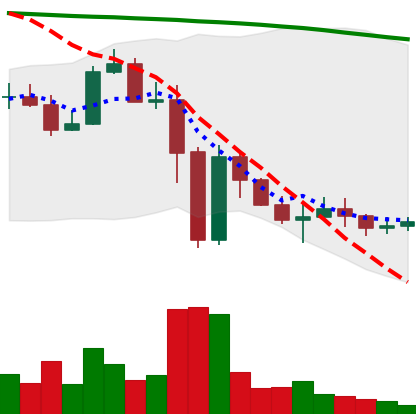
Ticker: ADA-USD
Chart end date: 2022-11-19
Forward return: -3.669%
Label: down_3_5